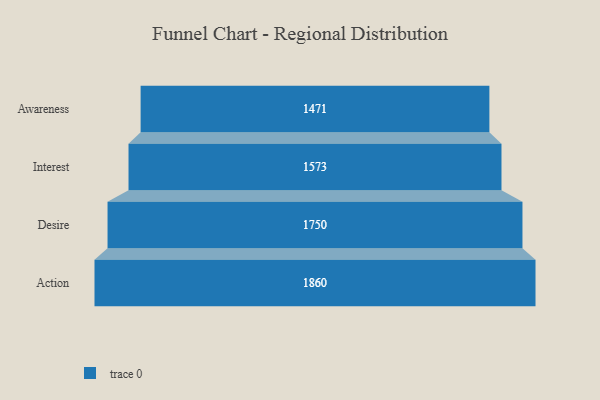
{"axis": {"x": "Stage", "y": "Value"}, "legend": [""], "data": [{"x": "Awareness", "y": 1471.0, "type": ""}, {"x": "Interest", "y": 1573.0, "type": ""}, {"x": "Desire", "y": 1750.0, "type": ""}, {"x": "Action", "y": 1860.0, "type": ""}]}